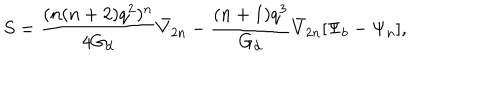
S = \frac { ( n ( n + 2 ) q ^ { 2 } ) ^ { n } } { 4 G _ { d } } \bar { V } _ { 2 n } - \frac { ( n + 1 ) q ^ { 3 } } { G _ { d } } \bar { V } _ { 2 n } [ \Psi _ { b } - \Psi _ { n } ] ,